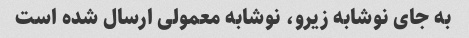
به جای نوشابه زیرو، نوشابه معمولی ارسال شده است